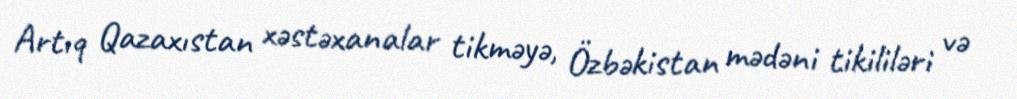
Artıq Qazaxıstan xəstəxanalar tikməyə, Özbəkistan mədəni tikililəri və